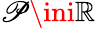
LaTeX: \mathscr{P}\ini\mathbb{{R}}